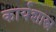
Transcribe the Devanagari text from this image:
कार्यशास्त्र